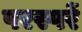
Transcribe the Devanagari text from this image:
परस्परें